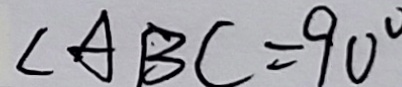
\angle A B C = 9 0 ^ { \circ }